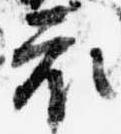
衣